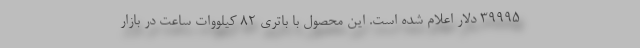
39995 دلار اعلام شده است. این محصول با باتری 82 کیلووات ساعت در بازار